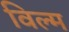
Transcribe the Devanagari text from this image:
विल्म